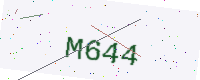
Text: M644